Report on vaccination in Madras 1895-1903 - 1895-1903
Year: 1895
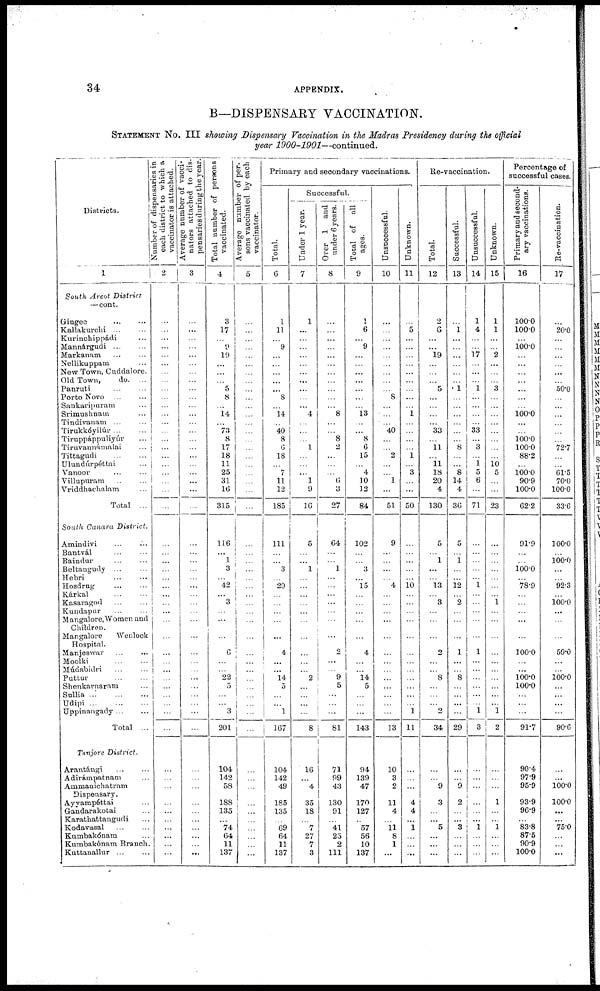
34
APPENDIX.
B—DISPENSARY VACCINATION.
STATEMENT No. III showing Dispensary Vaccination in the Madras Presidency during the official
year 1900-1901—continued.
Districts.
1
South Arcot District
—cont.
Gingee ... ...
Kallakurchi ... ...
Kurinchippádi ...
Mannárgudi
...
...
Markanam
...
...
Nellikuppam ...
New Town, Cuddalore.
Old Town,
do. ...
Panruti ... ...
Porto Novo ... ...
Sankaripuram ...
Srimushnam ...
Tindivanam ... ...
Tirukkóyilúr ... ...
Tiruppáppuliyúr ...
Tiruvannámalai ...
Tittagudi
...
...
Ulundúrpéttai ...
Vanoor ... ...
Villupuram ... ...
Vriddhachalam ...
Total ...
South Canara District.
Amindivi ... ...
Bantvál ... ...
Baindur ... ...
Beltangudy ... ...
Hebri ... ...
Hosdrug ... ...
Kárkal ... ...
Kasaragod ... ...
Kundapur ... ...
Mangalore, Women and
Children.
Mangalore
Wenlock
Hospital.
Manjeswar ... ...
Moolki ... ...
Múdabidri
...
...
Puttur
...
...
Shenkarnaram ...
Sullia
...
...
...
Udipi
...
...
...
Uppinangady ... ...
Total ...
Tanjore District.
Arantángi
...
...
Adirámpatnam ...
Ammanichatram
Dispensary.
Ayyampéttai ...
Gandarakotai ...
Karathattangudi ...
Kodavasal ... ...
Kumbakónam ...
Kumbakónam Branch.
Kuttanallur ... ...
Number of dispensaries in
each district to which a
vaccinator is
attached.
2
...
...
...
...
...
...
...
...
...
...
...
...
...
...
...
...
...
...
...
...
...
...
...
...
...
...
...
...
...
...
...
...
...
...
...
...
...
...
...
...
...
...
...
...
...
...
...
...
...
...
...
...
Average number of vacci-
nators attached to dis-
pensaries during the year.
3
...
...
...
...
...
...
...
...
...
...
...
...
...
...
...
...
...
...
...
...
...
...
...
...
...
...
...
...
...
...
...
...
...
...
...
...
...
...
...
...
...
...
...
...
...
...
...
...
...
...
...
...
Total number of persons
vaccinated.
4
3
17
...
9
19
...
...
...
5
8
...
14
...
73
8
17
18
11
25
31
16
315
116
...
1
3
...
42
...
3
...
...
...
6
...
...
22
5
...
...
3
201
104
142
58
188
135
...
74
64
11
137
Average number of per-
sons vaccinated by each
vaccinator.
5
...
...
...
...
...
...
...
...
...
...
...
...
...
...
...
...
...
...
...
...
...
...
...
...
...
...
...
...
...
...
...
...
...
...
...
...
...
...
...
...
...
...
...
...
...
...
...
...
...
...
...
...
Primary and secondary vaccinations.
Total.
6
1
11
...
9
...
...
...
...
...
8
...
14
...
40
8
6
18
...
7
11
12
185
111
...
...
3
...
29
...
...
...
...
...
4
...
...
14
5
...
...
1
167
104
142
49
185
135
...
69
64
11
137
Successful.
Under 1 year.
7
1
...
...
...
...
...
...
...
...
...
...
4
...
...
...
1
...
...
...
1
9
16
5
...
...
1
...
...
...
...
...
...
...
...
...
...
2
...
...
...
...
8
16
...
4
35
18
...
7
27
7
3
Over 1 and
under 6 years.
8
...
...
...
...
...
...
...
...
...
...
...
8
...
...
8
2
...
...
...
6
3
27
64
...
...
1
...
...
...
...
...
...
...
2
...
...
9
5
...
...
...
81
71
99
43
130
91
...
41
25
2
111
Total of all
ages.
9
1
6
...
9
...
...
...
...
...
...
...
13
...
...
8
6
15
...
4
10
12
84
102
...
...
3
...
15
...
...
...
...
...
4
...
...
14
5
...
...
...
143
94
139
47
170
127
...
57
56
10
137
Unsuccessful.
10
...
...
...
...
...
...
...
...
...
8
...
...
...
40
...
... 2
...
...
1
...
51
9
...
...
...
...
4
...
...
...
...
...
...
...
...
...
...
...
...
...
13
10
3
2
11
4
...
11
8
1
...
Unknown.
11
...
5
...
...
...
...
...
...
...
...
...
1
...
...
...
...
1
...
3
...
...
50
...
...
...
...
...
10
...
...
...
...
...
...
...
...
...
...
...
...
1
11
...
...
...
4
4
...
1
...
...
...
Re-vaccination.
Total.
12
2
6
...
...
19
...
...
...
5
...
...
...
...
33
...
11
...
11
18
20
4
130
5
...
1
...
...
13
...
3
...
...
...
2
...
...
8
...
...
...
2
34
...
...
9
3
...
...
5
...
...
...
Successful.
13
...
1
...
...
...
...
...
...
1
...
...
...
...
...
...
8
...
...
8
14
4
36
5
...
1
...
...
12
...
2
...
...
...
1
...
...
8
...
...
...
...
29
...
...
9
2
...
...
3
...
...
...
Unsuccessful.
14
1
4
...
...
17
...
...
...
1
...
...
...
...
33
...
3
...
1
5
6
...
71
...
...
...
...
...
1
...
...
...
...
...
1
...
...
...
...
...
...
1
3
...
...
...
...
...
...
1
...
...
...
Unknown.
15
1
1
...
...
2
...
...
...
3
...
...
...
...
...
...
...
...
10 5
...
...
23
...
...
...
...
...
...
...
1
...
...
...
...
...
...
...
...
...
...
1
2
...
...
...
1
...
...
1
...
...
...
Percentage of
successful cases.
Primary and second-
ary vaccinations.
16
100.0
100.0
...
100.0
...
...
...
...
...
...
...
100.0
...
...
100.0
100.0
88.2
...
100.0
90.9
100.0
62.2
91.9
...
...
100.0
...
78.9
...
...
...
...
...
100.0
...
...
100.0
100.0
...
...
...
91.7
90.4
97.9
95.9
93.9
96.9
...
83.8
87.5
90.9
100.0
Re-vaccination.
17
...
20.0
...
...
...
...
...
...
50.0
...
...
...
...
...
...
72.7
...
...
61.5
70.0
100.0
33.6
100.0
...
100.0
...
...
92.3
...
100.0
...
...
...
50.0
...
...
100.0
...
...
...
...
90.6
...
...
100.0
100.0
...
...
75.0
...
...
...